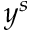
y ^ { s }